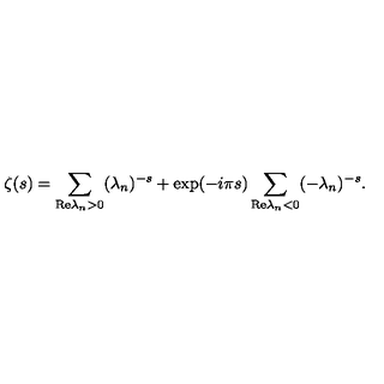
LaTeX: \zeta ( s ) = \sum _ { \mathrm { R e } \lambda _ { n } > 0 } ( \lambda _ { n } ) ^ { - s } + \exp ( - i \pi s ) \sum _ { \mathrm { R e } \lambda _ { n } < 0 } ( - \lambda _ { n } ) ^ { - s } .